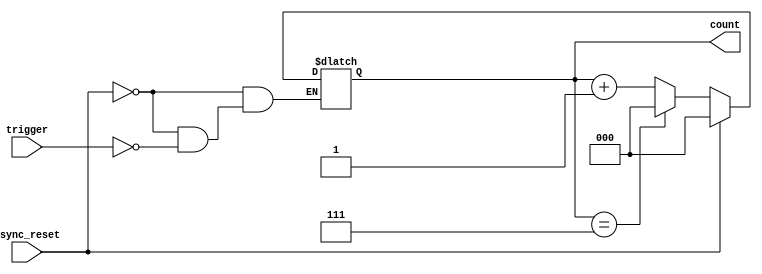
module mod_n_counter(
    input wire trigger,     // Trigger signal to increment the counter
    input wire async_reset, // Asynchronous reset signal
    output reg [2:0] count  // 3-bit output to represent the current count (for Mod-8)
);

// Always block for handling the async reset and counting logic
always @(*) begin
    if (async_reset) begin
        count = 3'b000; // Reset the counter to 0
    end
    else if (trigger) begin
        if (count == 3'b111) begin // Check if count has reached N-1
            count = 3'b000; // If so, reset to 0
        end else begin
            count = count + 1'b1; // Otherwise, increment the count
        end
    end
end

endmodule